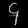
Digit: ၄